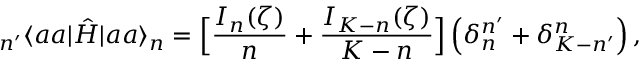
_ { n ^ { \prime } } \langle a a | \hat { H } | a a \rangle _ { n } = \Big [ \frac { I _ { n } ( \zeta ) } { n } + \frac { I _ { K - n } ( \zeta ) } { K - n } \Big ] \, \Big ( \delta _ { n } ^ { n ^ { \prime } } + \delta _ { K - n ^ { \prime } } ^ { n } \Big ) \, ,